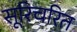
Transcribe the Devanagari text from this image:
सूरिचरित